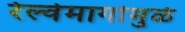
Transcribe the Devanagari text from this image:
रेल्वेमार्गामुळे